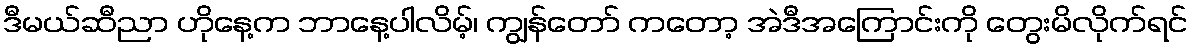
ဒီမယ်ဆီညာ ဟိုနေ့က ဘာနေ့ပါလိမ့်၊ ကျွန်တော် ကတော့ အဲဒီအကြောင်းကို တွေးမိလိုက်ရင်